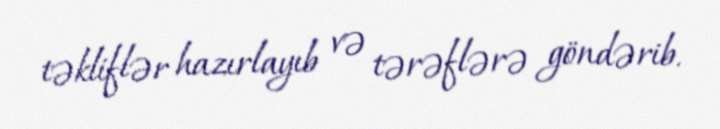
təkliflər hazırlayıb və tərəflərə göndərib.